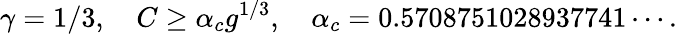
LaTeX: \gamma=1/3,\quad C\geq\alpha_{c}g^{1/3},\quad\alpha_{c}=0.5708751028937741\cdots.